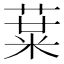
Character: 𱾁